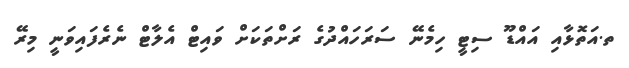
ތ.އަތޮޅާއި އައްޑޫ ސިޓީ ހިމެނޭ ސަރަހައްދުގެ ރަށްތަކަށް ވައިޓް އެލާޓް ނެރެފައިވަނީ މިރޭ